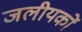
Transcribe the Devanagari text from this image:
जलीयकों